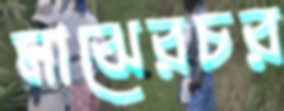
মাঝেরচর